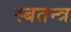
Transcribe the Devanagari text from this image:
स्बतन्त्र